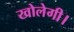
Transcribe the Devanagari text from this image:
खोलेगी।